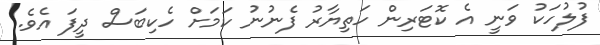
ފުލުހަކު ވަނީ އެ ކޮޓަރިން ހަތިޔާރު ފެނުނު ކަމަށް ހެކިބަސް ދީފަ އެވެ.